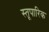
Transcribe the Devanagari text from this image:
स्तूपारिक